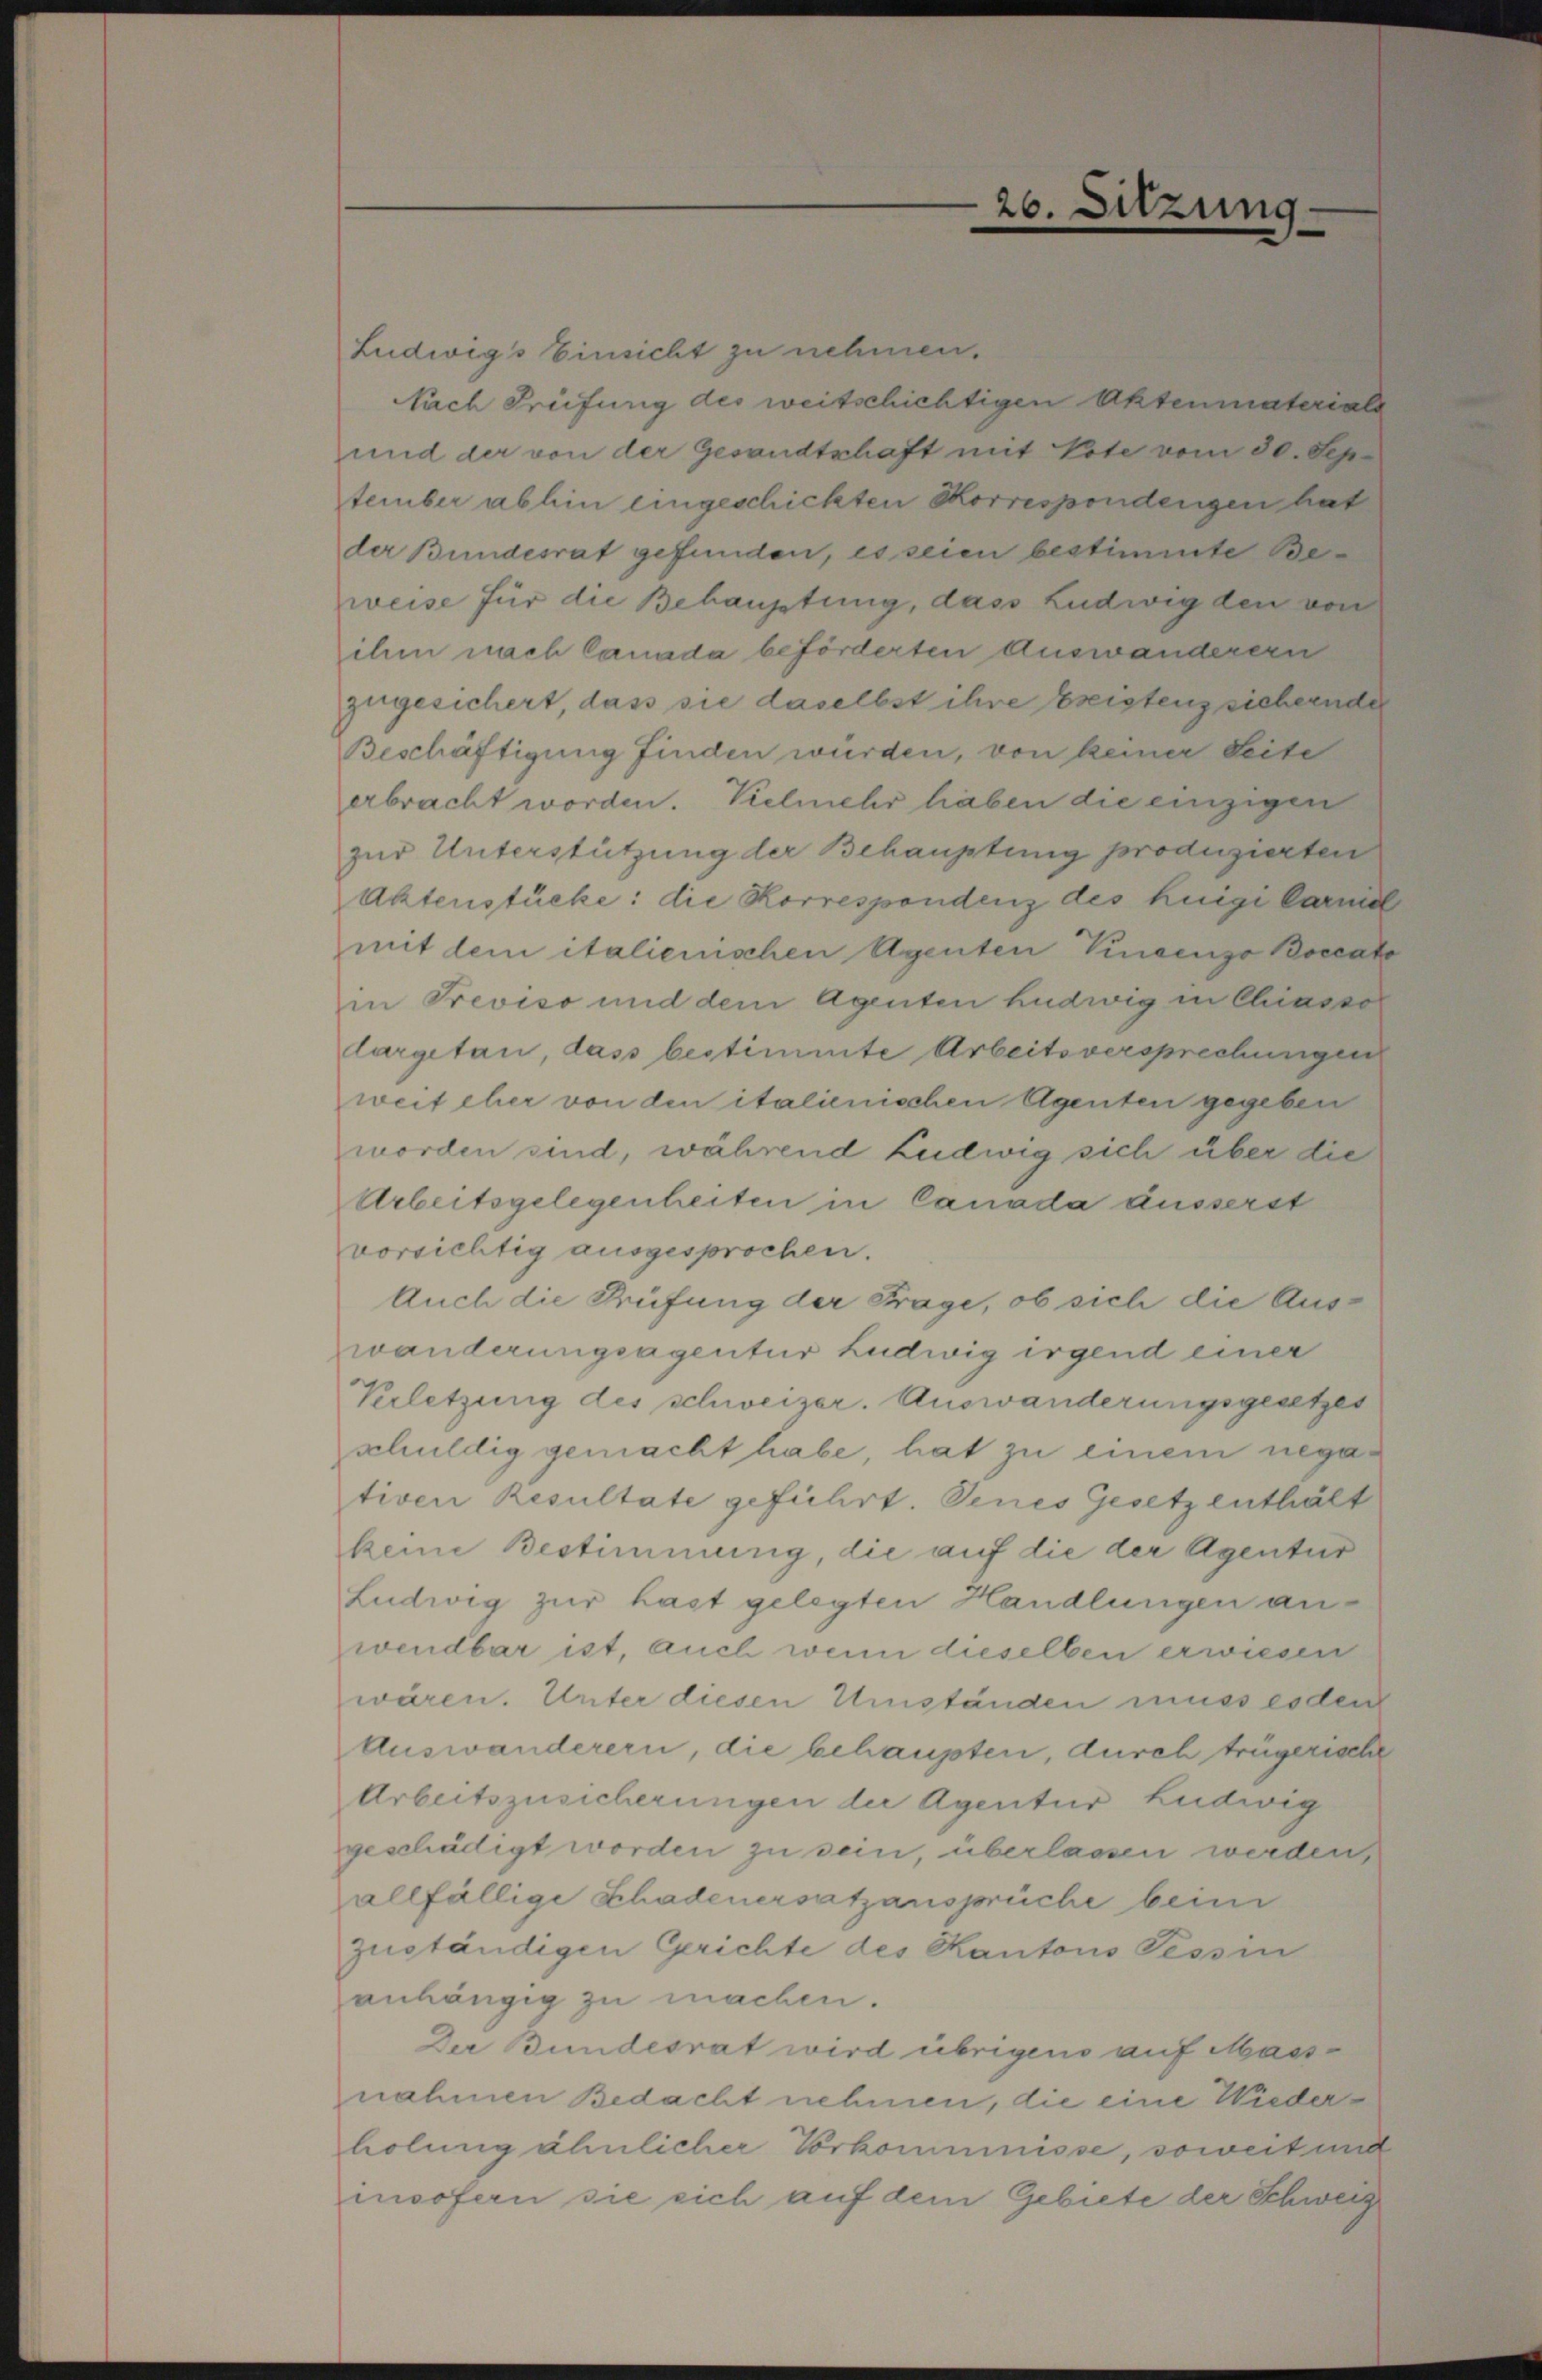
Ludwigs Einsicht zu nehmen.
Nach Prüfung des weitschichtigen Aktenmaterial
und der von der Gesandtschaft mit Vote vom 30. September abhin eingeschickten Korrespondengen hat
der Bundesrat gefunden, es seien bestimmte Beweise für die Behauptung, dass Ludwig den von
ihm nach Canada beförderten Auswanderern
zugesichert, dass sie daselbst ihre breistenz sichernder
Beschäftigung finden wurden, von keiner Seite
erbracht worden. Vielmehr haben die einzigen
zur Unterstützung der Behauptung produzierten
Aktenstücke: die Korrespondenz des Luigi Carnic
mit dem italienischen Agenten Kindenzo Boccat
in Previso und dem Agenten hudwig in Chiassol
largetan, dass bestimmte Arbeitsversprechungen
weit eher von den italienischen Agenten gegeben
worden sind, während Ludwig sich über die
Arbeitsgelegenheiten in Canada äusserst
vorsichtig ausgesprochen.
Auch die Prüfung der Frage, ob sich die Auswanderungsagentur Ludwig irgend einer
Verletzung des schweizer. Auswanderungsgesetzes
schuldig gemacht habe, hat zu einem negativen Resultate geführt. Senes Gesetz enthält
keine Bestimmung, die auf die der Agentur
Ludwig zur hast gelegten Handlungen anwendbar ist, auch wenn dieselben erwiesen
wären. Unter diesen Umständen muss esden
Auswanderern, die behaupten, durch trügerische
Arbeitszusicherungen der Agentur Ludwig
geschädigt worden zu sein, überlassen werden
allfällige Schadenersatzansprüche beim
zuständigen Gerichte des Kantons Tessin
anhängig zu machen.
Der Bundesrat wird übrigens auf Mass-
nahmen Bedacht nehmen, die eine Wiederholung ähnlicher Vorkommnisse, soweit und
msofern sie sich auf dem Gebiete der Schweiz

26. Sitzung